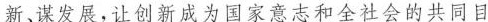
新、谋发展，让创新称为国家意志和全社会的共同目